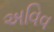
અવિવ